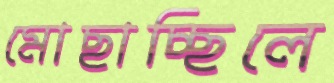
মোছাচ্ছিলে